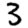
Digit: 3